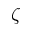
\zeta